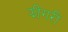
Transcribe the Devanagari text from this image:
झींगरी